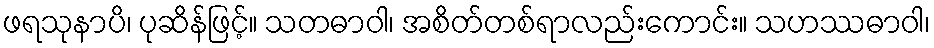
ဖရသုနာပိ၊ ပုဆိန်ဖြင့်။ သတဓာဝါ၊ အစိတ်တစ်ရာလည်းကောင်း။ သဟဿဓာဝါ၊